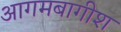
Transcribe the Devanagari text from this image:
आगमबागीश